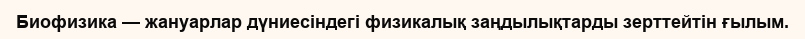
Биофизика — жануарлар дүниесіндегі физикалық заңдылықтарды зерттейтін ғылым.